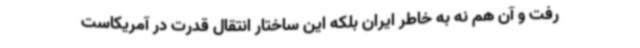
رفت و آن هم نه به خاطر ایران بلکه این ساختار انتقال قدرت در آمریکاست